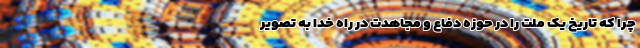
چرا که تاریخ یک ملت را در حوزه دفاع و مجاهدت در راه خدا به تصویر